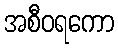
အစီဝရကော